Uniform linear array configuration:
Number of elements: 24
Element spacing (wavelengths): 0.75
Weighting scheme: hann
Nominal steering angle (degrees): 15
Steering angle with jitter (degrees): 15.047
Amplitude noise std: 0.05
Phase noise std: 0.05

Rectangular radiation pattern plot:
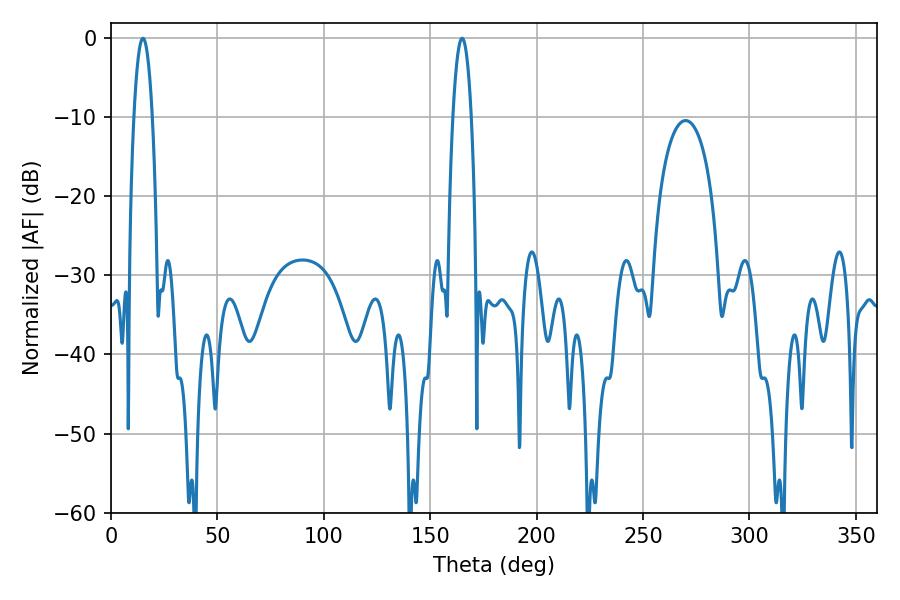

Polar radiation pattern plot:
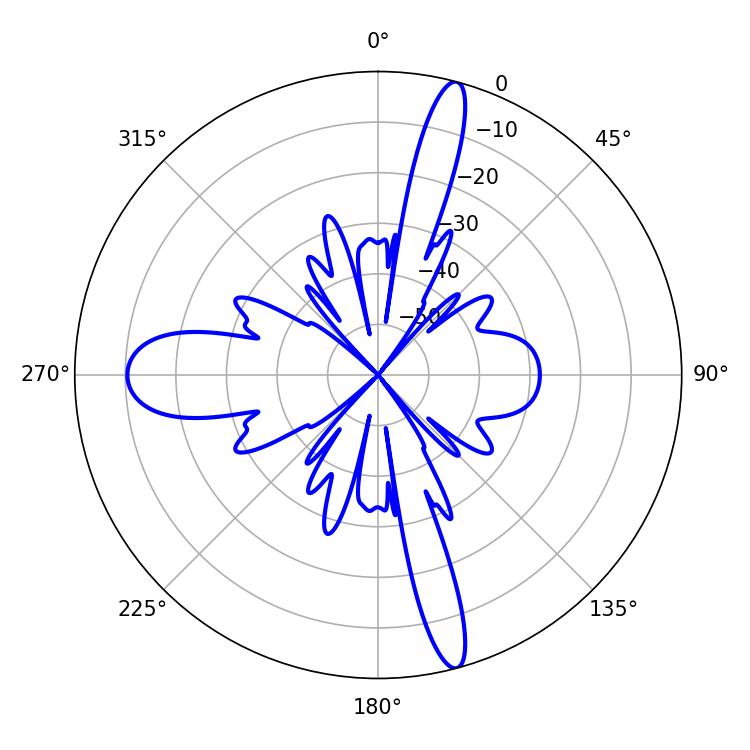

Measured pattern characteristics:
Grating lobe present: TRUE
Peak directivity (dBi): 19.329
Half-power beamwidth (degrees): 4.86
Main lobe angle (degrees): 14.94